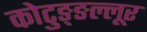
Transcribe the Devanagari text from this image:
कोटुङ्ङल्लूर